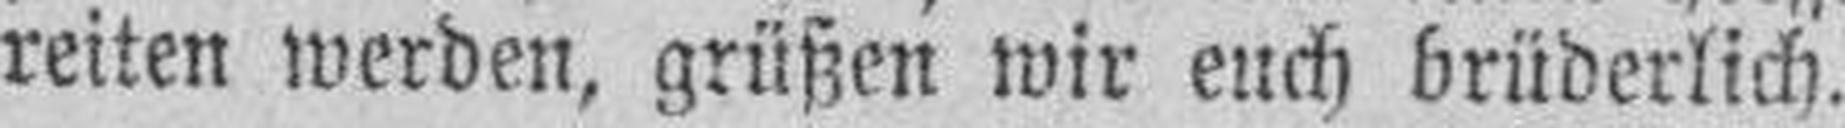
reiten werden, grüßen wir euch brüderlich.